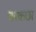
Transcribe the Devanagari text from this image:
बरकछा